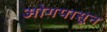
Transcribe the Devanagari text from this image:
ओगपासून